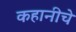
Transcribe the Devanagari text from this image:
कहानीचे